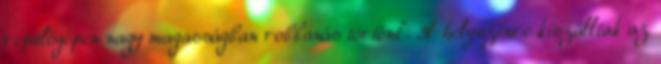
repülőgépen nagy magasságban robbanás történt". A helyszínre kiszálltak az